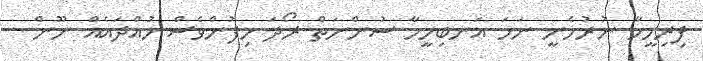
ފިރިމީހާ ނުރުހެނީ ނަމަ އަނބިމީހާ ސުންނަތް ރޯދަ ހިފުންވެސް ހުއްދައެއް ނޫން -